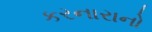
કરનારાનો